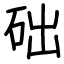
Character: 础